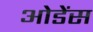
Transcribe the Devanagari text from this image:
ओडेंस